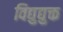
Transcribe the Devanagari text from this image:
विद्युद्युक्त